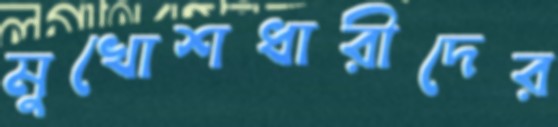
মুখোশধারীদের